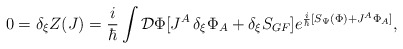
\begin{align*}0=\delta_{\xi}Z(J)=\frac{i}{\hbar} \int {\cal{D}}\Phi [J^A \, \delta_{\xi}\Phi_A+ \delta_{\xi} S_{GF}] e^{\frac{i}{\hbar} [S_{\Psi}(\Phi)+J^A\Phi_A ]},\end{align*}